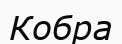
Кобра